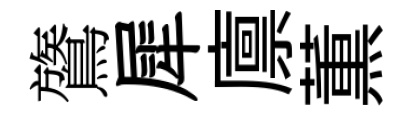
鷟犀廪薫